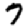
Digit: 7